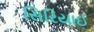
સિરિયાઈ